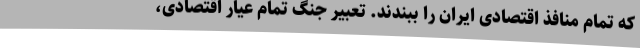
که تمام منافذ اقتصادی ایران را ببندند. تعبیر جنگ تمام عیار اقتصادی،